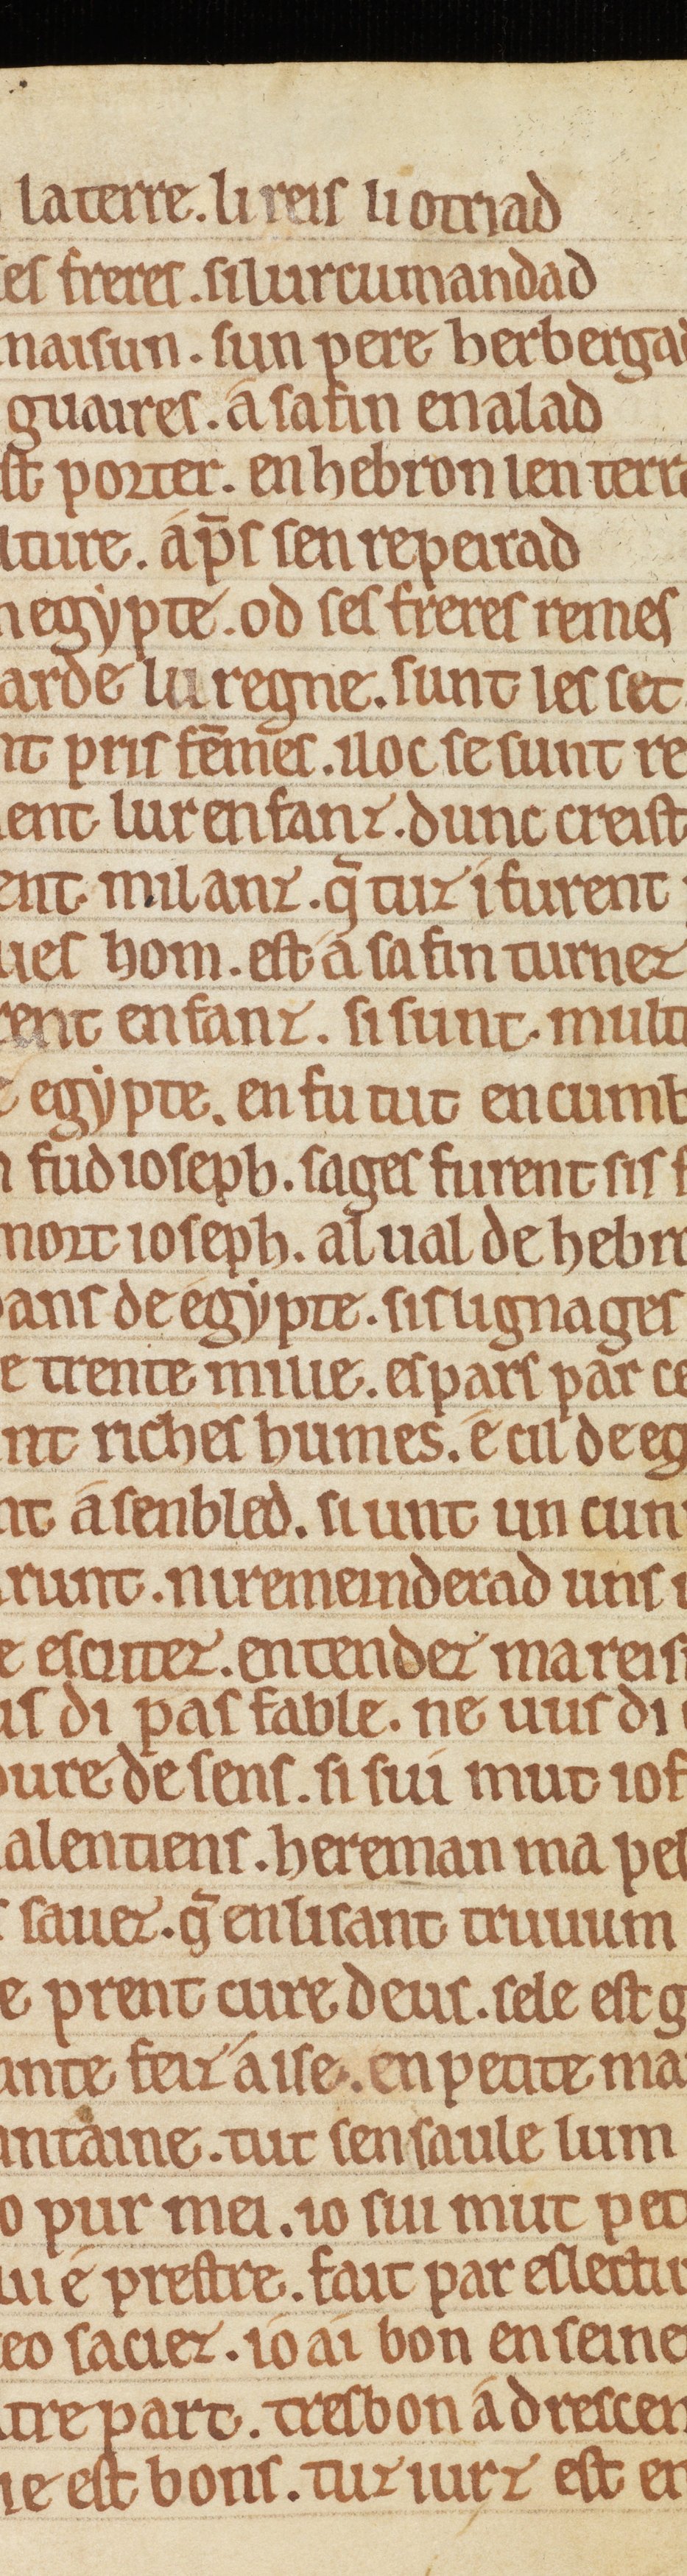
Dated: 1175–1199